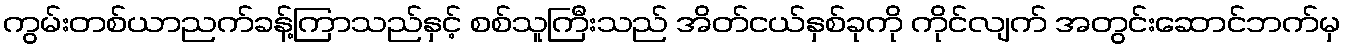
ကွမ်းတစ်ယာညက်ခန့်ကြာသည်နှင့် စစ်သူကြီးသည် အိတ်ငယ်နှစ်ခုကို ကိုင်လျက် အတွင်းဆောင်ဘက်မှ